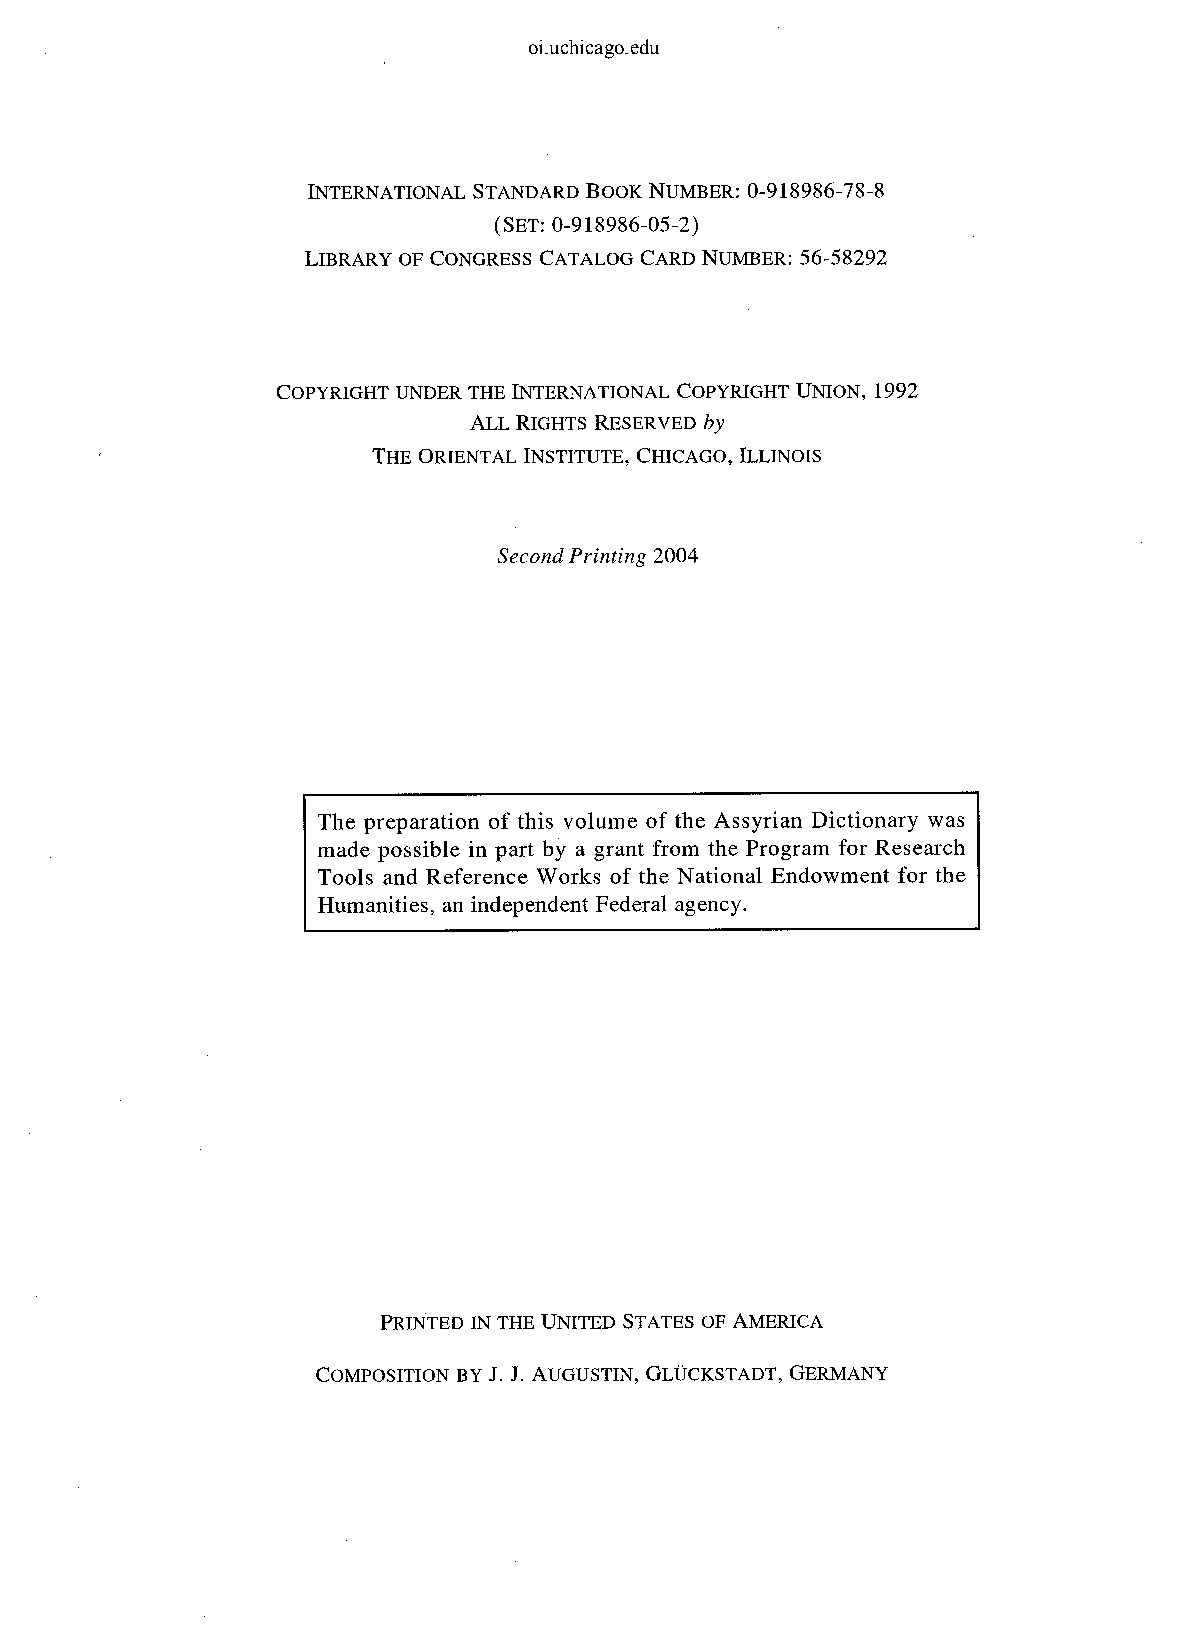
oi.uchicago.edu
 INTERNATIONAL STANDARD BOOK NUMBER: 0-918986-78-8
 (SET: 0-918986-05-2)
 LIBRARY OF CONGRESS CATALOG CARD NUMBER: 56-58292
 COPYRIGHT UNDER THE INTERNATIONAL COPYRIGHT UNION, 1992
 ALL RIGHTS RESERVED by
 THE ORIENTAL INSTITUTE, CHICAGO, ILLINOIS
 Second Printing 2004
 The preparation of this volume of the Assyrian Dictionary was
 made possible in part by a grant from the Program for Research
 Tools and Reference Works of the National Endowment for the
 Humanities, an independent Federal agency.
 PRINTED IN THE UNITED STATES OF AMERICA
 COMPOSITION BY J. J. AUGUSTIN, GLUCKSTADT, GERMANY